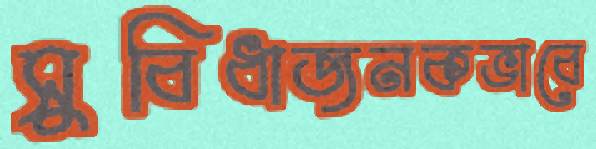
সুবিধাজনকভাবে